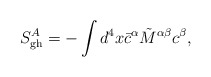
\begin{align*}S^A_{\rm gh}=-\int d^4x {\bar c}^\alpha\tilde{M}^{\alpha\beta}c^\beta,\end{align*}